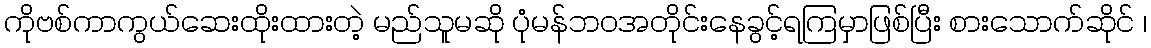
ကိုဗစ်ကာကွယ်ဆေးထိုးထားတဲ့ မည်သူမဆို ပုံမန်ဘဝအတိုင်းနေခွင့်ရကြမှာဖြစ်ပြီး စားသောက်ဆိုင် ၊